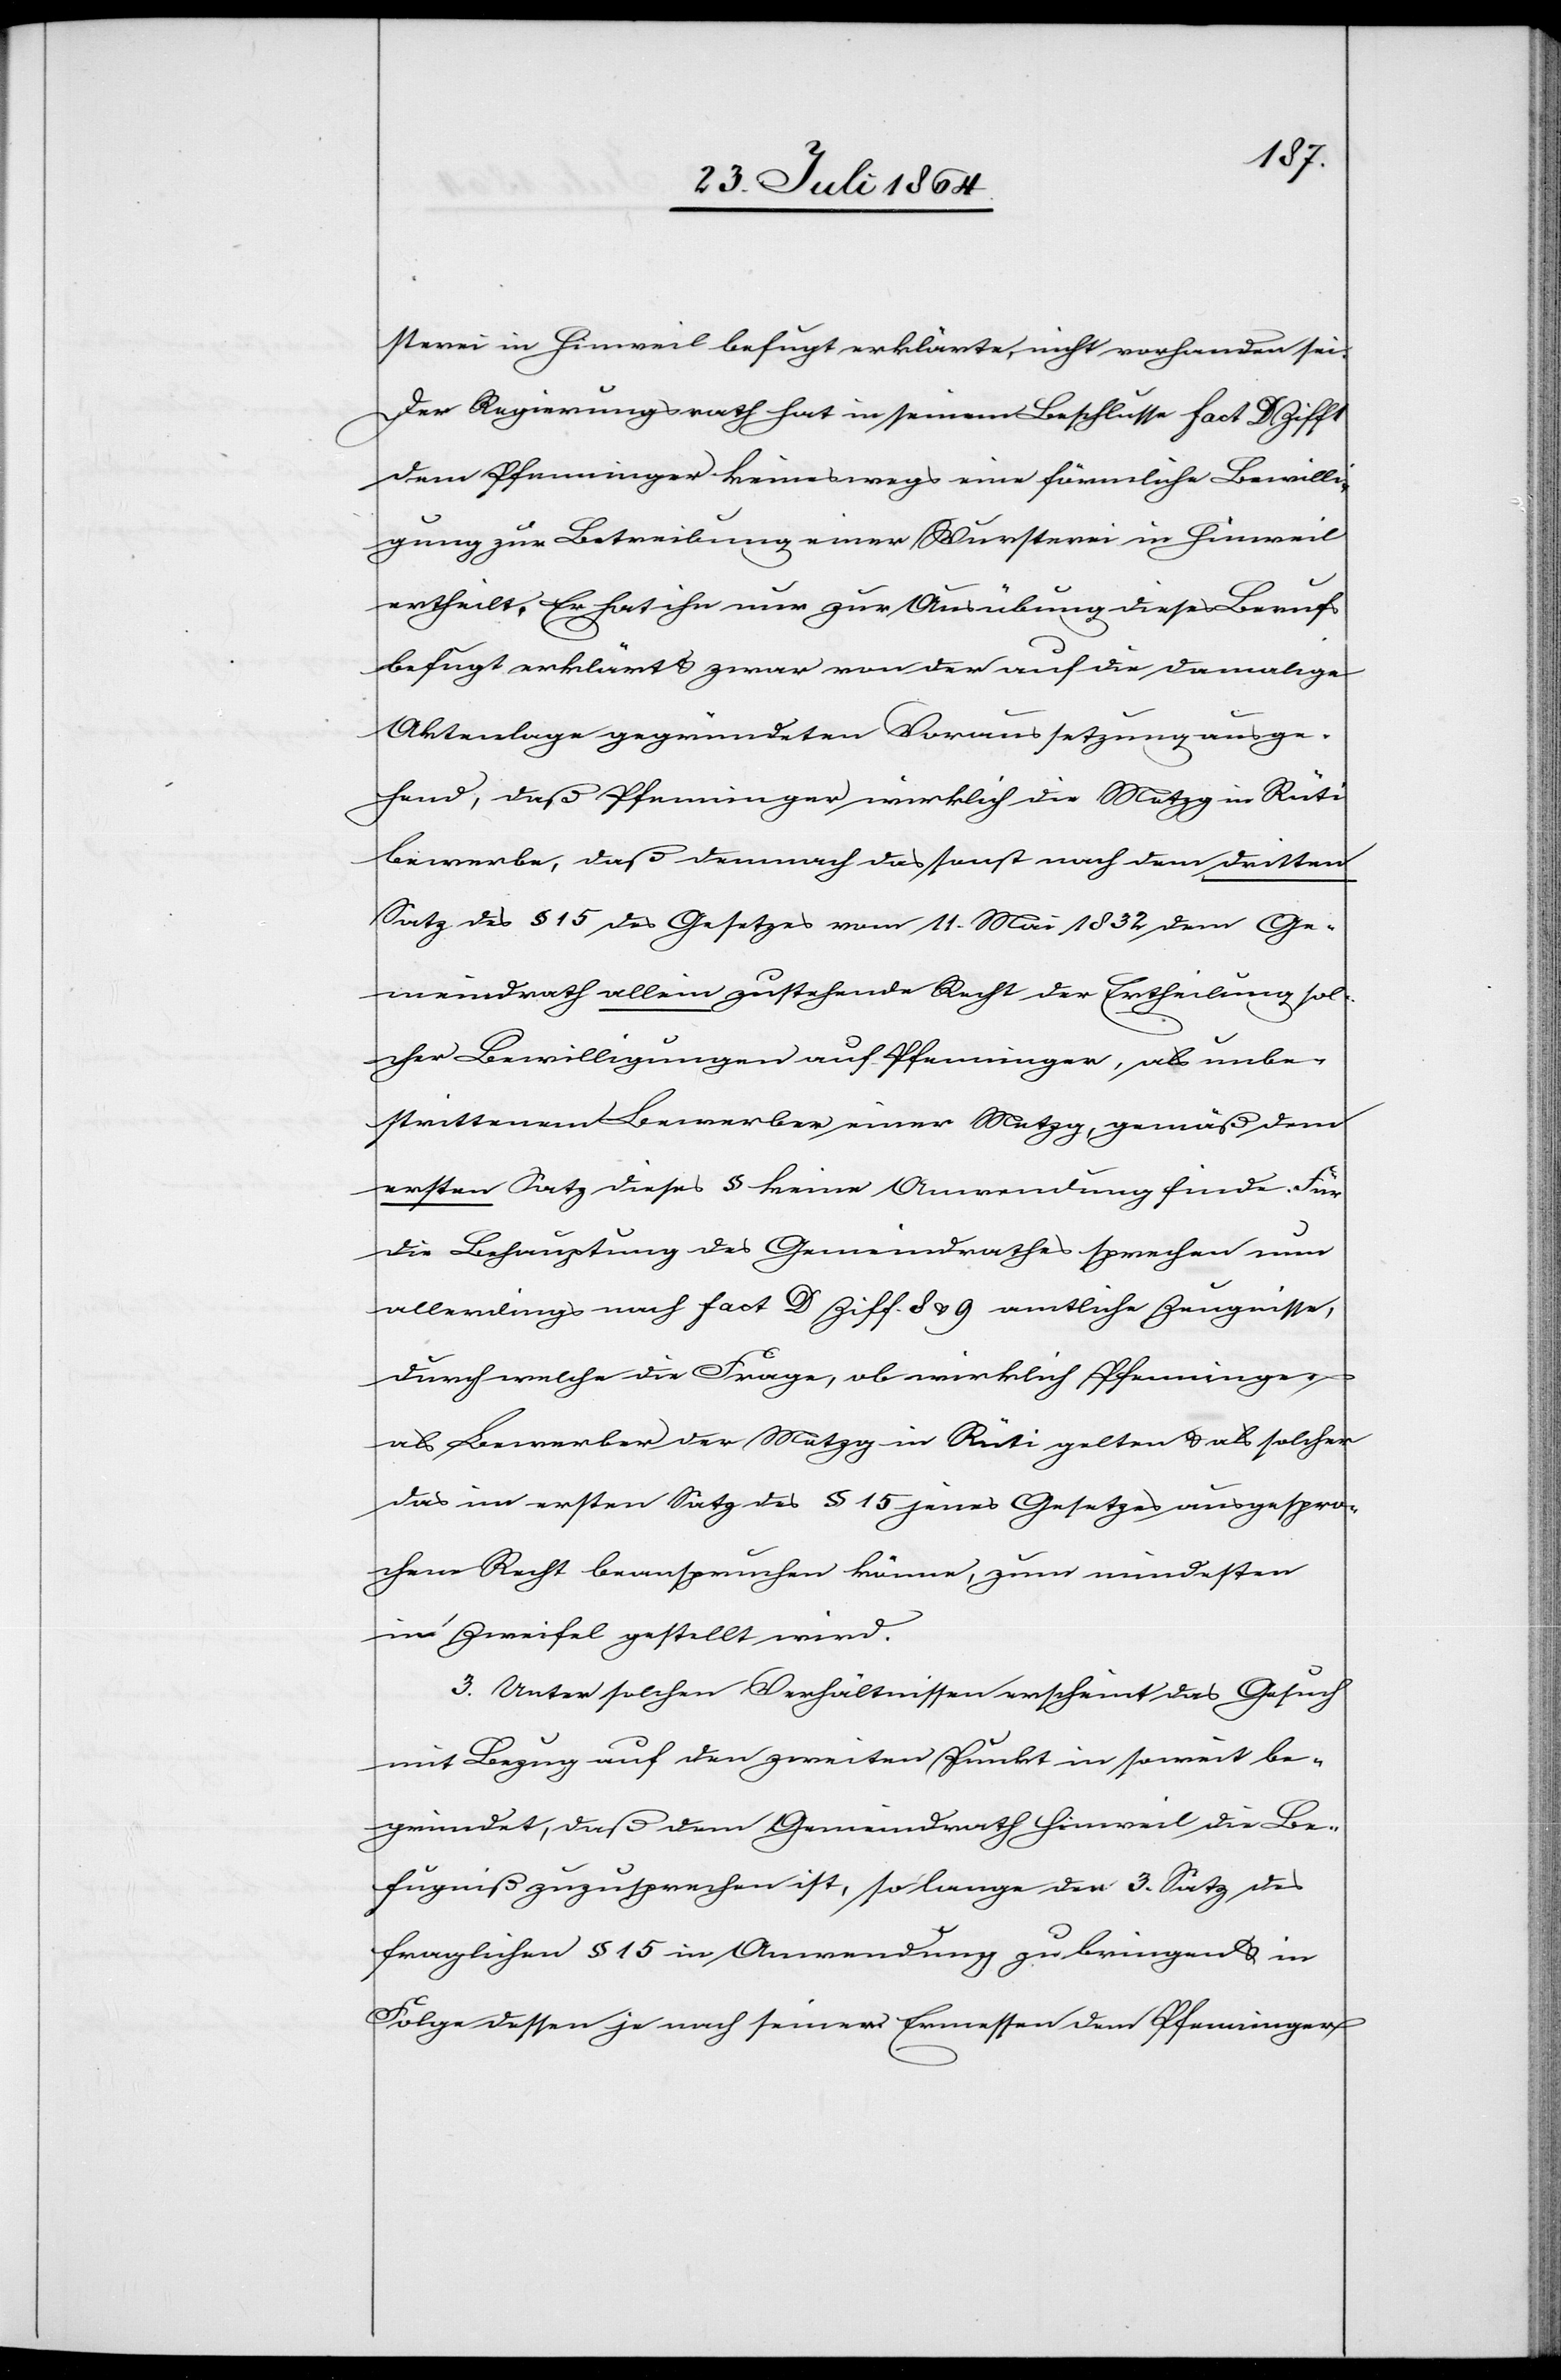
sterei in Hinweil befugt erklärte, nicht vorhanden sei.
Der Regierungsrath hat in seinem Beschlusse fact. D Ziff
dem Pfenninger keineswegs eine förmliche Bewilli¬
gung zur Betreibung einer Wursterei in Hinweil
ertheilt. Er hat ihn nur zur Ausübung dieses Berufs
befugt erklärt & zwar von der auf die damalige
Aktenlage gegründeten Voraussetzung ausge¬
hend, daß Pfenninger wirklich die Metzg in Rüti
bewerbe, daß demnach das sonst nach dem dritten
Satz des § 15 des Gesetzes vom 11. Mai 1832 dem Ge¬
meindrath allein zustehende Recht der Ertheilung sol¬
cher Bewilligungen auf Pfenninger, als unbe¬
strittenen Bewerber einer Metzg gemäß dem
ersten Satz dieses § keine Anwendung finde. Für
die Behauptung des Gemeindrathes sprechen nun
allerdings nach fact D Ziff. 8 & 9 amtliche Zeugnisse,
durch welche die Frage, ob wirklich Pfenninger
als Bewerber der Metzg in Rüti gelten & als solcher
das im ersten Satz des § 15 jenes Gesetzes ausgespro¬
chene Recht beanspruchen könne, zum mindesten
in Zweifel gestellt wird.
3. Unter solchen Verhältnissen erscheint das Gesuch
mit Bezug auf den zweiten Punkt insoweit be¬
gründet, daß dem Gemeindrath Hinweil die Be¬
fungniß zuzusprechen ist, so lange der 3. Satz des
fraglichen § 15 in Anwendung zu bringen & in
Folge dessen je nach seinem Ermessen dem Pfenninger